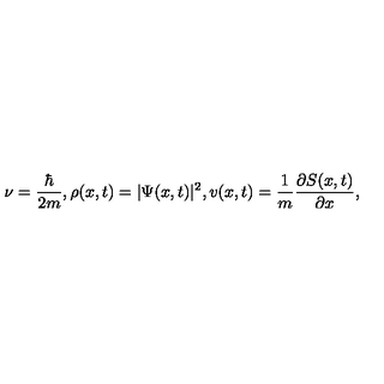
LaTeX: \nu = \frac { \hbar } { 2 m } , \rho ( x , t ) = | \Psi ( x , t ) | ^ { 2 } , v ( x , t ) = \frac { 1 } { m } \frac { \partial S ( x , t ) } { \partial x } ,